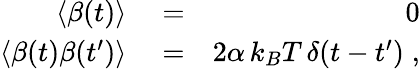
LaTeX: \begin{array}{rlr}{\langle\beta(t)\rangle}&{{}=}&{0}\\ {\langle\beta(t)\beta(t^{\prime})\rangle}&{{}=}&{2\alpha\, k_{B}T\, \delta(t-t^{\prime})\; ,}\end{array}